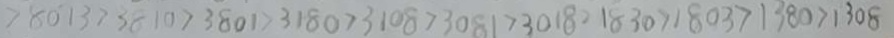
> 8 0 1 3 > 3 8 1 0 > 3 8 0 1 > 3 1 8 0 > 3 1 0 8 > 3 0 8 1 > 3 0 1 8 > 1 8 3 0 > 1 8 0 3 > 1 3 8 0 > 1 3 0 8